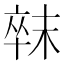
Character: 𣖛